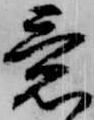
意